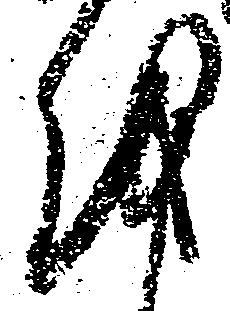
越